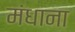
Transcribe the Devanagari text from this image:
मंधाना